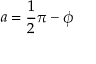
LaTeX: a = { \frac { 1 } { 2 } } \pi - \phi